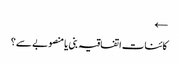
←
کائنات اتفاقیہ بنی یا منصوبے سے؟